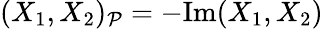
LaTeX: (X_{1},X_{2})_{\mathcal{P}}=-\mathrm{Im}(X_{1},X_{2})